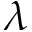
\lambda